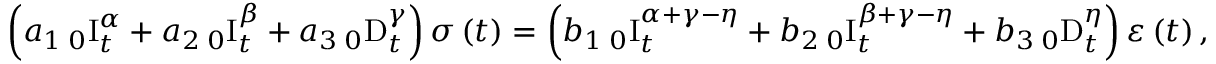
\left( a _ { 1 } \, _ { 0 } \mathrm { I } _ { t } ^ { \alpha } + a _ { 2 } \, _ { 0 } \mathrm { I } _ { t } ^ { \beta } + a _ { 3 } \, _ { 0 } \mathrm { D } _ { t } ^ { \gamma } \right) \sigma \left( t \right) = \left( b _ { 1 } \, _ { 0 } \mathrm { I } _ { t } ^ { \alpha + \gamma - \eta } + b _ { 2 } \, _ { 0 } \mathrm { I } _ { t } ^ { \beta + \gamma - \eta } + b _ { 3 } \, _ { 0 } \mathrm { D } _ { t } ^ { \eta } \right) \varepsilon \left( t \right) ,